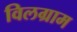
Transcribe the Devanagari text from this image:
विलग्राम